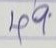
49